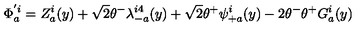
\Phi _ { a } ^ { ' i } = Z _ { a } ^ { i } ( y ) + \sqrt 2 \theta ^ { - } \lambda _ { - a } ^ { i 4 } ( y ) + \sqrt 2 \theta ^ { + } \psi _ { + a } ^ { i } ( y ) - 2 \theta ^ { - } \theta ^ { + } G _ { a } ^ { i } ( y )